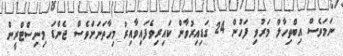
ނަމަވެސް އިބްތިހާލް މަރުވި ފަހުން 24 ގަޑިއިރުވާން ކައިރިވެފައިވާއިރު މިހާތަނަށްވެސް ޖެންޑަ މިނިސްޓްރީން